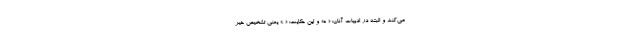
می‌کند و البته در ادبیات آنان: « ه» و این حکایت: « .» یعنی تشخیص خیر